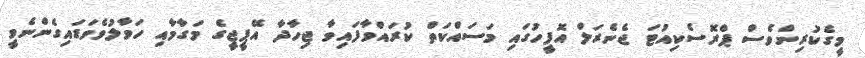
މީގެކުރިންވެސް ޕްރޮސެކިއުޓަ ޖެނެރަލް އޮފީހުގައި މަސައްކަތް ކުރައްވާފައިވާ ޖިހާދާ އޭޕީޖީގެ މަގާމާއި ހަވާލުވެވަޑައިގެންނެވީ